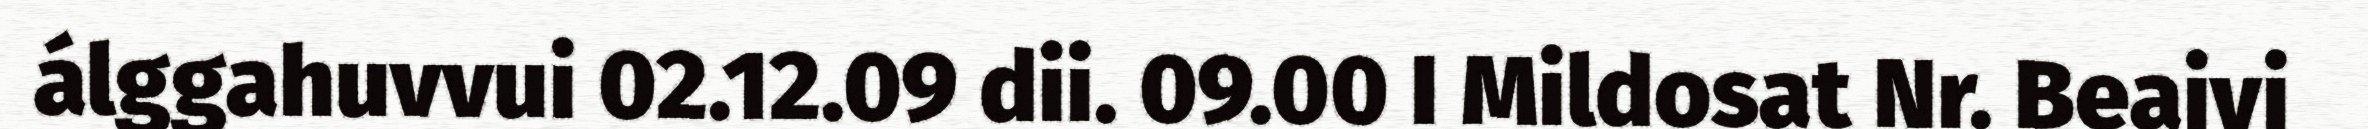
álggahuvvui 02.12.09 dii. 09.00 I Mildosat Nr. Beaivi